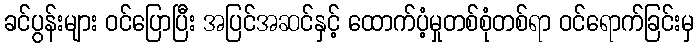
ခင်ပွန်းများ ဝင်ပြောပြီး အပြင်အဆင်နှင့် ထောက်ပံ့မှုတစ်စုံတစ်ရာ ဝင်ရောက်ခြင်းမှ